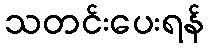
သတင်းပေးရန်